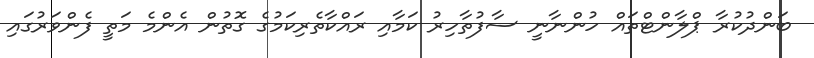
ބަންދުކުރާ ޕްލާންޓްތައް ހުންނާނީ ސާފުތާހިރު ކަމާއި ރައްކާތެރިކަމުގެ ގޮތުން އެންމެ މަތީ ފެންވަރުގައި